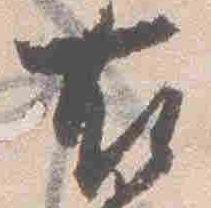
右